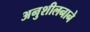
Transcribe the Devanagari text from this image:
अनुशीलनाने